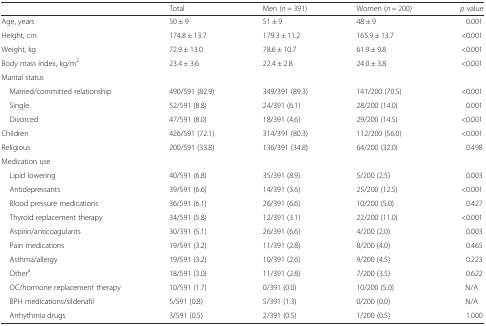
<table><thead><tr><td></td><td><b>Total</b></td><td><b>Men (<i>n</i> = 391)</b></td><td><b>Women (<i>n</i> = 200)</b></td><td><b><i>p</i> value</b></td></tr></thead><tbody><tr><td>Age, years</td><td>50 ± 9</td><td>51 ± 9</td><td>48 ± 9</td><td>0.001</td></tr><tr><td>Height, cm</td><td>174.8 ± 13.7</td><td>179.3 ± 11.2</td><td>165.9 ± 13.7</td><td>&lt;0.001</td></tr><tr><td>Weight, kg</td><td>72.9 ± 13.0</td><td>78.6 ± 10.7</td><td>61.9 ± 9.8</td><td>&lt;0.001</td></tr><tr><td>Body mass index, kg/m<sup>2</sup></td><td>23.4 ± 3.6</td><td>22.4 ± 2.8</td><td>24.0 ± 3.8</td><td>&lt;0.001</td></tr><tr><td>Marital status</td><td></td><td></td><td></td><td></td></tr><tr><td> Married/committed relationship</td><td>490/591 (82.9)</td><td>349/391 (89.3)</td><td>141/200 (70.5)</td><td>&lt;0.001</td></tr><tr><td> Single</td><td>52/591 (8.8)</td><td>24/391 (6.1)</td><td>28/200 (14.0)</td><td>0.001</td></tr><tr><td> Divorced</td><td>47/591 (8.0)</td><td>18/391 (4.6)</td><td>29/200 (14.5)</td><td>&lt;0.001</td></tr><tr><td>Children</td><td>426/591 (72.1)</td><td>314/391 (80.3)</td><td>112/200 (56.0)</td><td>&lt;0.001</td></tr><tr><td>Religious</td><td>200/591 (33.8)</td><td>136/391 (34.8)</td><td>64/200 (32.0)</td><td>0.498</td></tr><tr><td>Medication use</td><td></td><td></td><td></td><td></td></tr><tr><td> Lipid lowering</td><td>40/591 (6.8)</td><td>35/391 (8.9)</td><td>5/200 (2.5)</td><td>0.003</td></tr><tr><td> Antidepressants</td><td>39/591 (6.6)</td><td>14/391 (3.6)</td><td>25/200 (12.5)</td><td>&lt;0.001</td></tr><tr><td> Blood pressure medications</td><td>36/591 (6.1)</td><td>26/391 (6.6)</td><td>10/200 (5.0)</td><td>0.427</td></tr><tr><td> Thyroid replacement therapy</td><td>34/591 (5.8)</td><td>12/391 (3.1)</td><td>22/200 (11.0)</td><td>&lt;0.001</td></tr><tr><td> Aspirin/anticoagulants</td><td>30/391 (5.1)</td><td>26/391 (6.6)</td><td>4/200 (2.0)</td><td>0.003</td></tr><tr><td> Pain medications</td><td>19/591 (3.2)</td><td>11/391 (2.8)</td><td>8/200 (4.0)</td><td>0.465</td></tr><tr><td> Asthma/allergy</td><td>19/591 (3.2)</td><td>10/391 (2.6)</td><td>9/200 (4.5)</td><td>0.223</td></tr><tr><td> Other<sup>a</sup></td><td>18/591 (3.0)</td><td>11/391 (2.8)</td><td>7/200 (3.5)</td><td>0.622</td></tr><tr><td> OC/hormone replacement therapy</td><td>10/591 (1.7)</td><td>0/391 (0.0)</td><td>10/200 (5.0)</td><td>N/A</td></tr><tr><td> BPH medications/sildenafil</td><td>5/591 (0.8)</td><td>5/391 (1.3)</td><td>0/200 (0.0)</td><td>N/A</td></tr><tr><td> Arrhythmia drugs</td><td>3/591 (0.5)</td><td>2/391 (0.5)</td><td>1/200 (0.5)</td><td>1.000</td></tr></tbody></table>